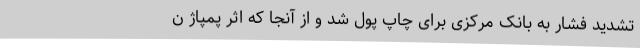
تشدید فشار به بانک مرکزی برای چاپ پول شد و از آنجا که اثر پمپاژ ن